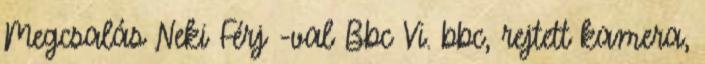
Megcsalás Neki Férj -val Bbc Vi. bbc, rejtett kamera,